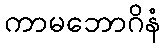
ကာမဘောဂိနံ